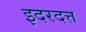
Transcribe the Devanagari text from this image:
इदरदत्त